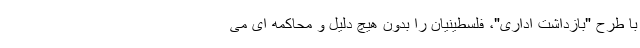
با طرح "بازداشت اداری"، فلسطینیان را بدون هیچ دلیل و محاکمه ای می